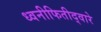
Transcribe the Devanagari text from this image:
ध्वनीफितीद्वारे